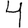
Digit: 4